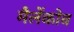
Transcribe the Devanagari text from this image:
मैलेंकोव